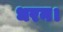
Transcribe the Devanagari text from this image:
धरन।